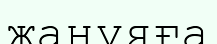
жанұяға